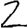
Digit: 2